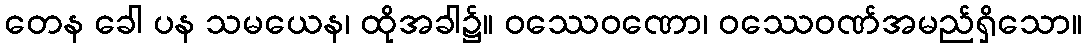
တေန ခေါ ပန သမယေန၊ ထိုအခါ၌။ ဝဿေဝဏော၊ ဝဿေဝဏ်အမည်ရှိသော။